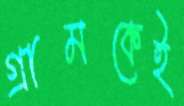
গ্রামকেই